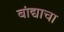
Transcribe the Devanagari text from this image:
बांद्याचा